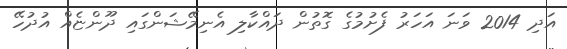
އަދި 2014 ވަނަ އަހަރު ފެށުމުގެ ގޮތުން ދައްކާލި އެނިމޭޝަންގައި ދޫންޏެއް އުދުހޭ